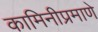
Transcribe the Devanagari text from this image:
कामिनीप्रमाणे